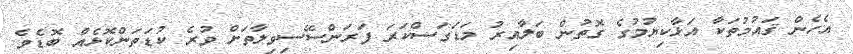
އެހެން ޤައުމުތަކާ އަޅާކިޔުމުގެ ގޮތުން ބަލާއިރު މަޑަގަސްކަރަ ފަރަންސޭސިވިލާތަށް ވުރެ ކުޑަތަންކޮޅެއް ބޮޑެވެ.